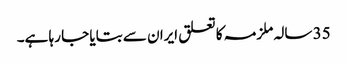
35 سالہ ملزمہ کا تعلق ایران سے بتایا جا رہا ہے۔